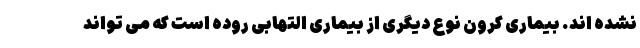
نشده اند. بیماری کرون نوع دیگری از بیماری التهابی روده است که می تواند